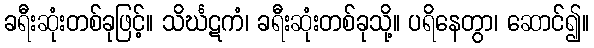
ခရီးဆုံးတစ်ခုဖြင့်။ သိင်္ဃဋကံ၊ ခရီးဆုံးတစ်ခုသို့။ ပရိနေတွာ၊ ဆောင်၍။